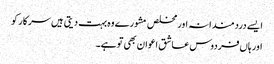
ایسے دردمندانہ اور مخلص مشورے وہ بہت دیتی ہیں سرکار کو
اور ہاں‌فردوس عاشق اعوان بھی تو ہے۔